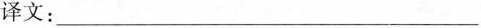
译文：___